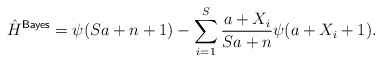
\begin{align*}\hat{H}^{\mathsf{Bayes}} = \psi(Sa +n + 1) - \sum_{i = 1}^S \frac{a + X_i}{Sa + n} \psi(a + X_i + 1). \end{align*}